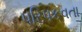
પરિપકવતા